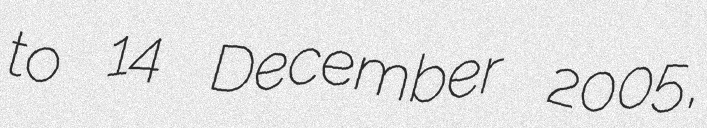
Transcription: to 14 December 2005,